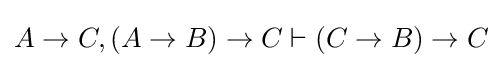
A\to C,(A\to B)\to C\vdash (C\to B)\to C